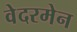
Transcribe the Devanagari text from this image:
वेदरमेन